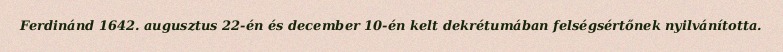
Ferdinánd 1642. augusztus 22-én és december 10-én kelt dekrétumában felségsértőnek nyilvánította.